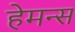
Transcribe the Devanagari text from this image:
हेमन्स